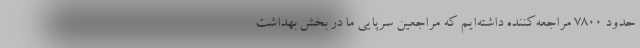
حدود 7800 مراجعه‌کننده داشته‌ایم که مراجعین سرپایی ما در بخش بهداشت